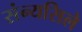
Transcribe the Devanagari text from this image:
संन्यसिले